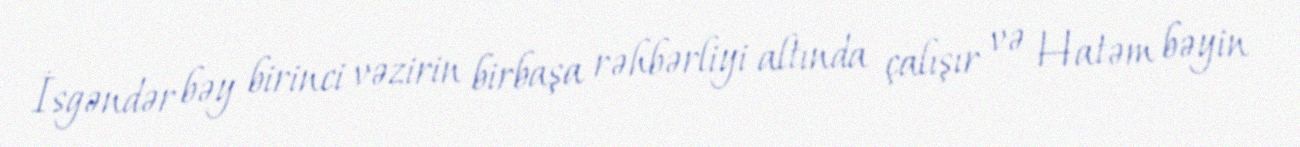
İsgəndər bəy birinci vəzirin birbaşa rəhbərliyi altında çalışır və Hatəm bəyin